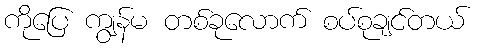
ကိုပြေ ကျွန်မ တစ်ခုလောက် စပ်စုချင်တယ်